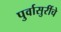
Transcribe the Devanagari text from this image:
पुर्वासुरींचे